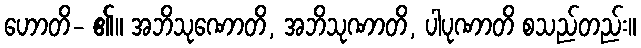
ဟောတိ- ၏။ အဘိသုဏောတိ, အဘိသုဏာတိ, ပါပုဏာတိ စသည်တည်း။